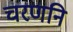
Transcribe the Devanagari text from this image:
चरणनि